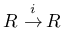
R \; { \stackrel { i } { \to } } \, R